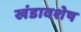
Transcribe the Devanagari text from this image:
खंडावशेष